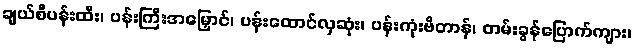
ချယ်စီပန်းထီး၊ ပန်းကြီးအမြှောင်၊ ပန်းထောင်လှဆုံး၊ ပန်းကုံးဗိတာန်၊ တမ်းခွန်ပြောက်ကျား၊